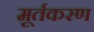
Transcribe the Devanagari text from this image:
मूर्तकरण